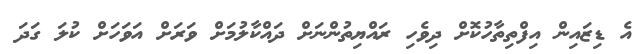
އެ ޑިޒައިން އިފްތިތާހުކޮށް ދިވެހި ރައްޔިތުންނަށް ދައްކާލުމަށް ވަރަށް އަވަހަށް ކުލަ ގަދަ